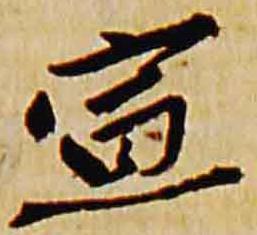
宣